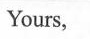
Yours,